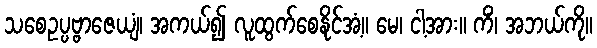
သစေဥပ္ပဗ္ဗာဇေယျံ၊ အကယ်၍ လူထွက်စေနိုင်အံ့။ မေ၊ ငါ့အား။ ကိံ၊ အဘယ်ကို။